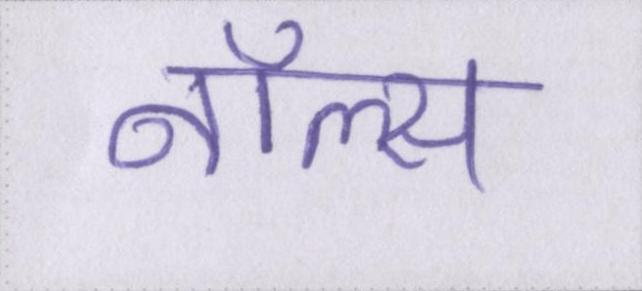
नॉल्स